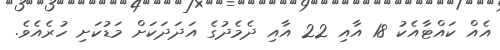
އެއް ކައްޓާއެކު 18 އާއި 22 އާއި ދެމެދުގެ އަދަދަކަށް މަޑުކަށި ހުރެެއެވެ.